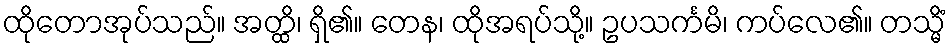
ထိုတောအုပ်သည်။ အတ္ထိ၊ ရှိ၏။ တေန၊ ထိုအရပ်သို့။ ဥပသင်္ကမိ၊ ကပ်လေ၏။ တသ္မိံ